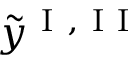
\tilde { y } ^ { \mathrm { ~ I ~ , ~ I ~ I ~ } }